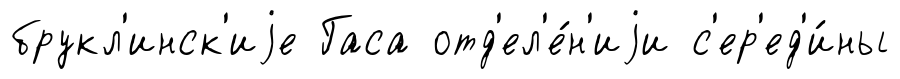
брукл'инск'иjе Гаса отд'ел'е́н'иjи с'ер'ед'и́ны